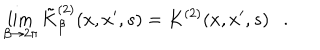
\lim _ { \beta \rightarrow 2 \pi } \tilde { K } _ { \beta } ^ { ( 2 ) } ( x , x ^ { \prime } , s ) = K ^ { ( 2 ) } ( x , x ^ { \prime } , s ) .